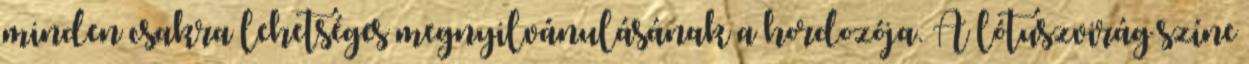
minden csakra lehetséges megnyilvánulásának a hordozója. A lótuszvirág színe